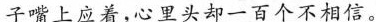
子嘴上应着，心里头却一百个不相信。